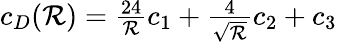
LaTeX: \begin{array}{r}{c_{D}({\cal R})=\frac{24}{{\cal R}}c_{1}+\frac{4}{\sqrt{{\cal R}}}c_{2}+c_{3}}\end{array}